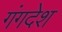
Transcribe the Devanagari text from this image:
गंगदेश